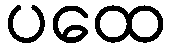
ပထေ